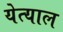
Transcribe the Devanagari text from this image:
येत्याल